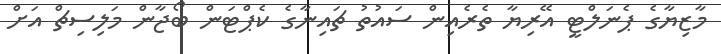
މާޒިޔާގެ ޕެނަލްޓީ އޭރިޔާ ތެރެއިން ސައުތު ޗައިނާގެ ކެޕްޓަން ބޯޖާން މަލިސިޗް އަށް